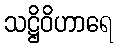
သဋ္ဌိဝိဟာရေ